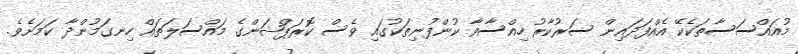
މުއައްސަސާތަކެކޭ އެއްފަދައިން ސަރުކާރު ހިއްސާވާ ކުންފުނިތަކުގައި ވެސް ކޮރަޕްޝަންގެ މައްސަލަތައް ހިނގަމުންދާ ކަމަށެވެ.